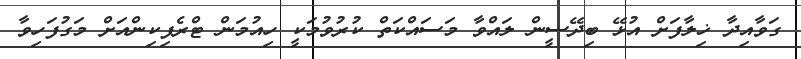
ގަވާއިދާ ޚިލާފަށް އުޅޭ ބިދޭސީން ލައްވާ މަސައްކަތް ކުރުވުމަކީ ހިއުމަން ޓްރެފިކިންއަށް މަގުފަހިވާ